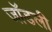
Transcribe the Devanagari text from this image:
जॉडली